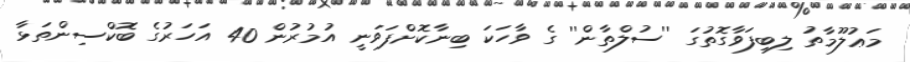
މަޢުލޫމާތު ލިބިފަވާގޮތުގަ ''ސުލްތާން'' ގެ ވާހަކަ ބިނާކޮށްފަވަނީ އުމުރުން 40 އަހަރުގެ ބޮކްސިންތަޅާ